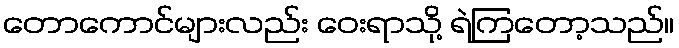
တောကောင်များလည်း ဝေးရာသို့ ရဲကြတော့သည်။